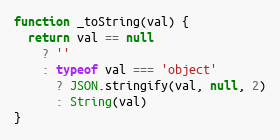
Language: JavaScript
function _toString(val) {
  return val == null
    ? ''
    : typeof val === 'object'
      ? JSON.stringify(val, null, 2)
      : String(val)
}